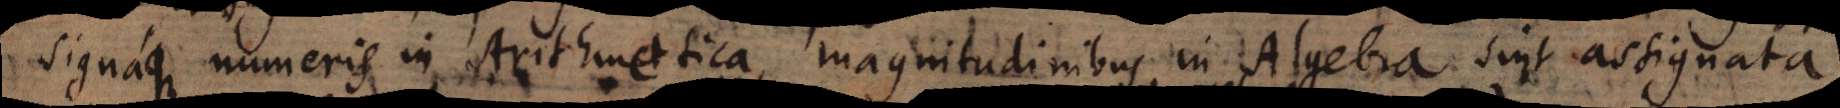
signaque numeris in Arithmetica, magnitudinibus in Algebra sint assignata